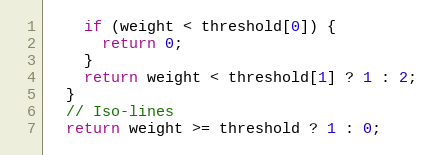
Language: JavaScript
    if (weight < threshold[0]) {
      return 0;
    }
    return weight < threshold[1] ? 1 : 2;
  }
  // Iso-lines
  return weight >= threshold ? 1 : 0;